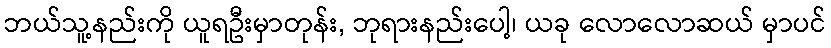
ဘယ်သူ့နည်းကို ယူရဦးမှာတုန်း, ဘုရားနည်းပေါ့၊ ယခု လောလောဆယ် မှာပင်